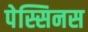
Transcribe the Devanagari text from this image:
पेस्सिनस